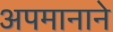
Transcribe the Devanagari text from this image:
अपमानाने